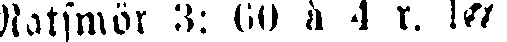
Matsmör 3: 60 à 4 r. let